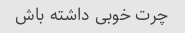
چرت خوبی داشته باش